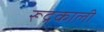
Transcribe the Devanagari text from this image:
रूद्रकाली